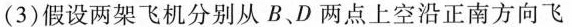
(3)假设两架飞机分别从B、D两点上空沿正南方向飞